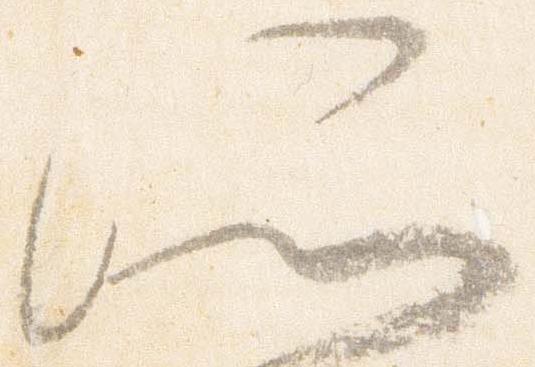
所